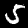
Digit: 5